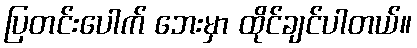
ပြတင်းပေါက် ဘေးမှာ ထိုင်ချင်ပါတယ်။